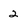
Character: 2